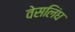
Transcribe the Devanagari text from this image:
वेसलिंघ